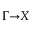
\Gamma { \to } X